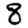
Digit: 8